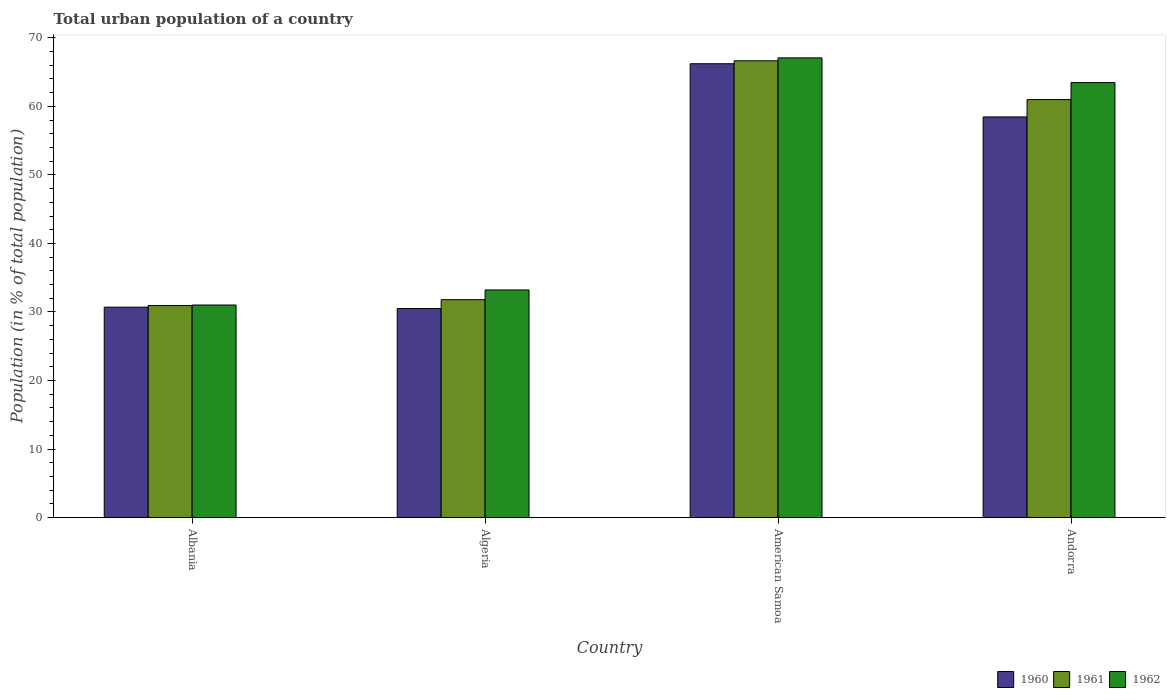
| Country | 1960 | 1961 | 1962 |
 | --- | --- | --- | --- |
 | Albania | 30.7 | 30.9 | 31 |
 | Algeria | 30.5 | 31.8 | 33.2 |
 | American Samoa | 66.2 | 66.6 | 67.1 |
 | Andorra | 58.5 | 61 | 63.5 |